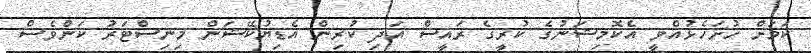
ކަމަށް ހުށަހެޅުއްވީ އެކޮމިޝަނުގެ ކުރީގެ ރައީސް އަދި ކުރިން އެޑިޔުކޭޝަން މިނިސްޓަރު ކަންވެސް